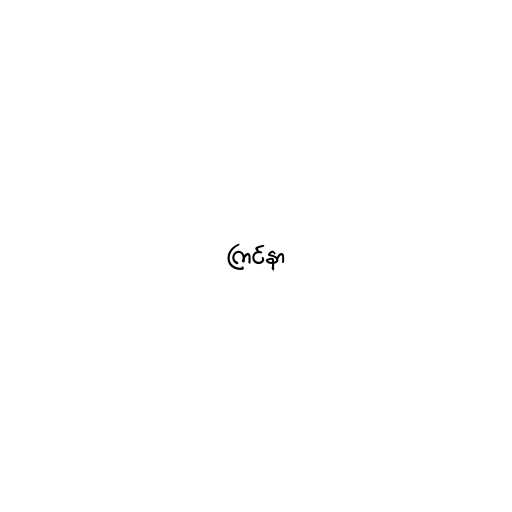
ကြင်နာ